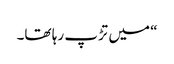
“ میں تڑپ رہا تھا۔